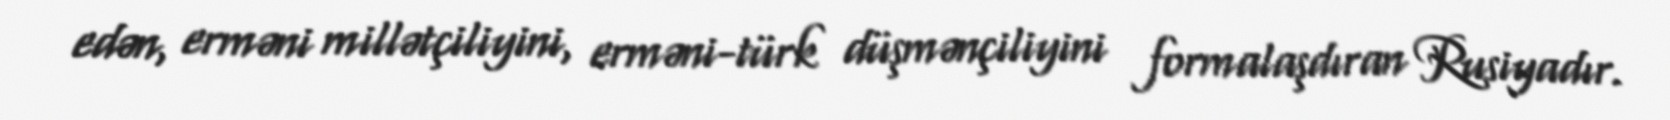
edən, erməni millətçiliyini, erməni-türk düşmənçiliyini formalaşdıran Rusiyadır.